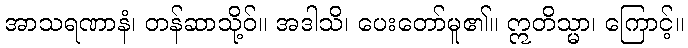
အာသရဏာနံ၊ တန်ဆာသို့ဝ်။ အဒါသိ၊ ပေးတော်မူ၏။ ဣတိသ္မာ၊ ကြောင့်။